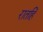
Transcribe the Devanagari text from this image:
रातहिं